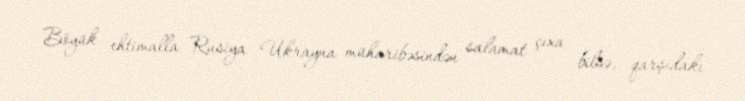
Böyük ehtimalla Rusiya Ukrayna müharibəsindən salamat çıxa bilsə, qarşıdakı